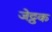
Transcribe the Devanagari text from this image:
जेट्ठक